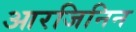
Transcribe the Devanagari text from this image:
आरजिनिन